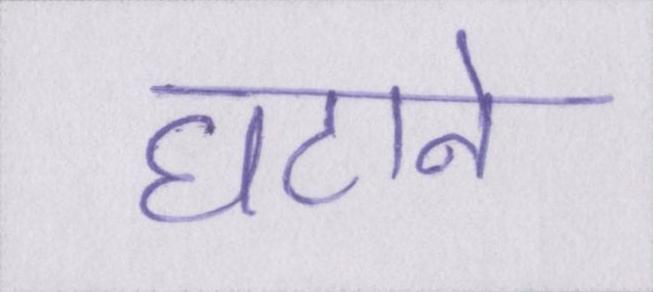
घटाने